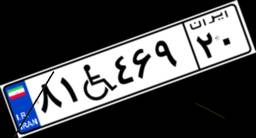
۱۴W۵۸۴۰۴